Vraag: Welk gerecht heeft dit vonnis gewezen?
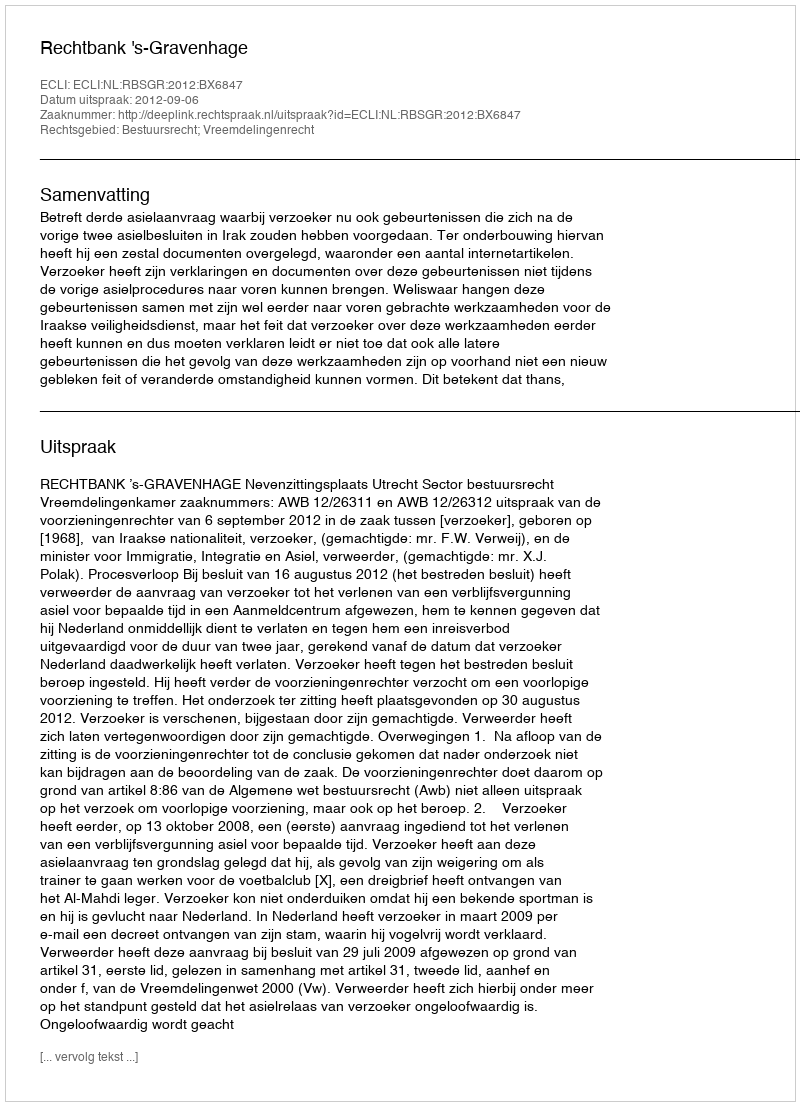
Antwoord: Rechtbank 's-Gravenhage